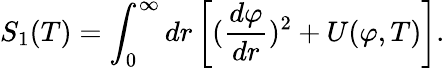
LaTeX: S_{1}(T)=\int_{0}^{\infty}dr\left[({\frac{d\varphi}{dr}})^{2}+U(\varphi,T)\right].